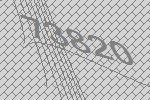
73820